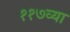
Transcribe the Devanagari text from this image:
११७व्या